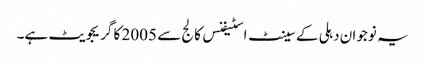
یہ نوجوان دہلی کے سینٹ اسٹیفنس کالج سے 2005 کا گریجویٹ ہے۔